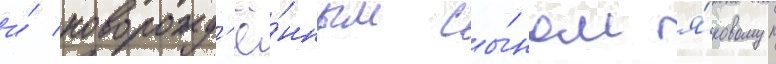
и́ новорожд'ё́нным сы́ном я́ковом